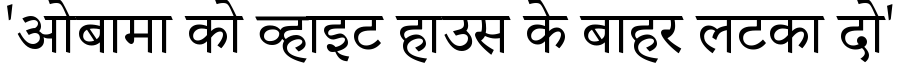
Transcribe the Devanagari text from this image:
'ओबामा को व्हाइट हाउस के बाहर लटका दो'